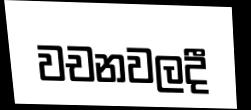
වචනවලදී